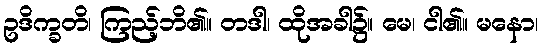
ဥဒိက္ခတိ၊ ကြည့်ဘိ၏။ တဒါ၊ ထိုအခါ၌။ မေ၊ ငါ၏။ မနော၊